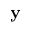
\textbf { y }